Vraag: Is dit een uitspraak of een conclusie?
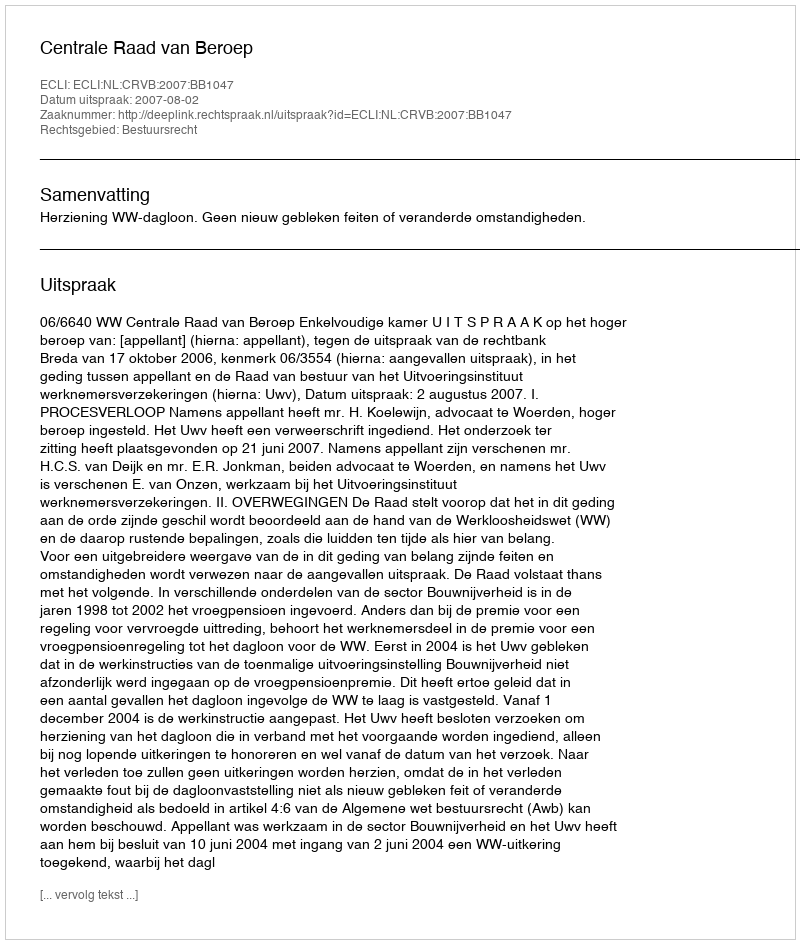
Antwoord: Uitspraak